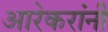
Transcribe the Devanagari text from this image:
आरेकरांनी